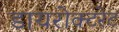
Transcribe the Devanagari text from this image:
डायरोक्टरेट